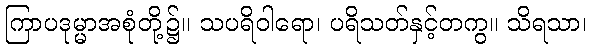
ကြာပဒုမ္မာအစုံတို့၌။ သပရိဝါရော၊ ပရိသတ်နှင့်တကွ။ သိရသာ၊